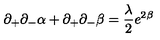
\partial _ { + } \partial _ { - } \alpha + \partial _ { + } \partial _ { - } \beta = \frac { \lambda } { 2 } e ^ { 2 \beta }